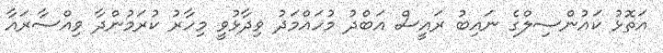
އަތޮޅު ކައުންސިލްގެ ނައިބު ރައީސް އަބްދު މުހައްމަދު ވިދާޅުވީ މިހާރު ކުރަމުންދާ ވިއްސާރައާ